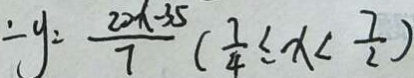
= y = \frac { 2 0 x - 3 5 } { 7 } ( \frac { 7 } { 4 } \leq x < \frac { 7 } { 2 } )